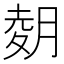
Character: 𫆢